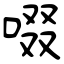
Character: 啜